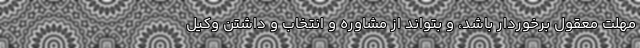
مهلت معقول برخوردار باشد، و بتواند از مشاوره و انتخاب و داشتن وکیل